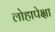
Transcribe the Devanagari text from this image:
लोहापेक्षा